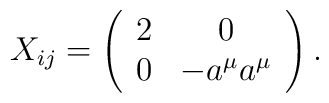
X_{ij}=\left( \begin{array}{cc}2 & 0 \\ 0 & -a^{\mu}a^{\mu}\end{array}\right).